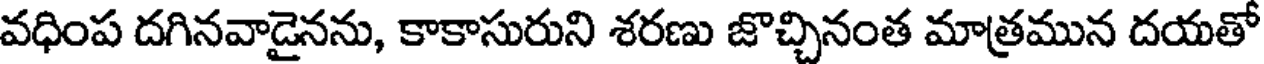
వధింప దగినవాడైనను, కాకాసురుని శరణు జొచ్చినంత మాత్రమున దయతో